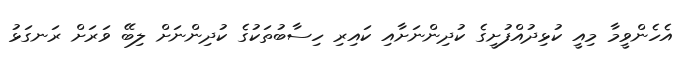
އެހެންވީމާ މިއީ ކުޅިދުއްފުށީގެ ކުދިންނަށާއި ކައިރި ހިސާބުތަކުގެ ކުދިންނަށް ލިބޭ ވަރަށް ރަނގަޅު